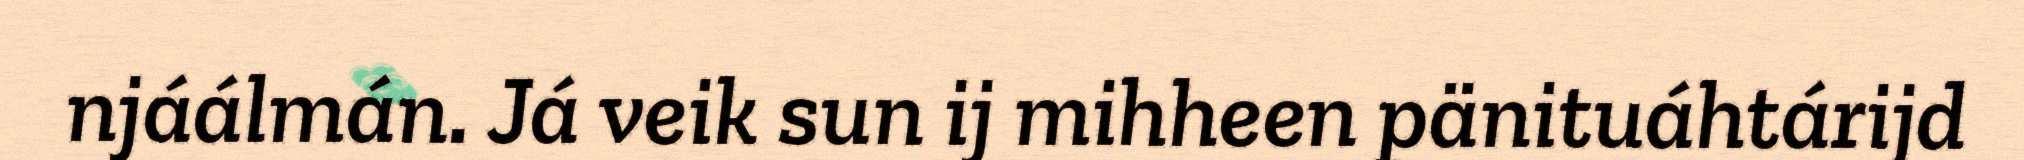
njáálmán. Já veik sun ij mihheen pänituáhtárijd